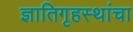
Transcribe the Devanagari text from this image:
ज्ञातिगृहस्थांचा